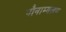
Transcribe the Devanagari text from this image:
पौनाम्बलम